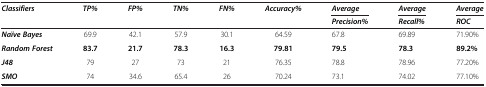
<table><thead><tr><td><b><i>Classifiers</i></b></td><td><b><i>TP%</i></b></td><td><b><i>FP%</i></b></td><td><b><i>TN%</i></b></td><td><b><i>FN%</i></b></td><td><b><i>Accuracy%</i></b></td><td><b><i>Average</i></b></td><td><b><i>Average</i></b></td><td><b><i>Average</i></b></td></tr><tr><td><b> </b></td><td><b> </b></td><td><b> </b></td><td><b> </b></td><td><b> </b></td><td><b> </b></td><td><b><i>Precision%</i></b></td><td><b><i>Recall%</i></b></td><td><b><i>ROC</i></b></td></tr></thead><tbody><tr><td><b><i>Naïve Bayes</i></b></td><td>69.9</td><td>42.1</td><td>57.9</td><td>30.1</td><td>64.59</td><td>67.8</td><td>69.89</td><td>71.90%</td></tr><tr><td><b><i>Random Forest</i></b></td><td><b>83.7</b></td><td><b>21.7</b></td><td><b>78.3</b></td><td><b>16.3</b></td><td><b>79.81</b></td><td><b>79.5</b></td><td><b>78.3</b></td><td><b>89.2%</b></td></tr><tr><td><b><i>J48</i></b></td><td>79</td><td>27</td><td>73</td><td>21</td><td>76.35</td><td>78.8</td><td>78.96</td><td>77.20%</td></tr><tr><td><b><i>SMO</i></b></td><td>74</td><td>34.6</td><td>65.4</td><td>26</td><td>70.24</td><td>73.1</td><td>74.02</td><td>77.10%</td></tr></tbody></table>